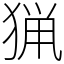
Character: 猟